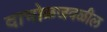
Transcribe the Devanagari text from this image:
दाभोळजवळील